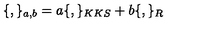
\{ , \} _ { a , b } = a \{ , \} _ { K K S } + b \{ , \} _ { R }